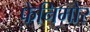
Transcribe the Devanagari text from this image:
फेनिमोर